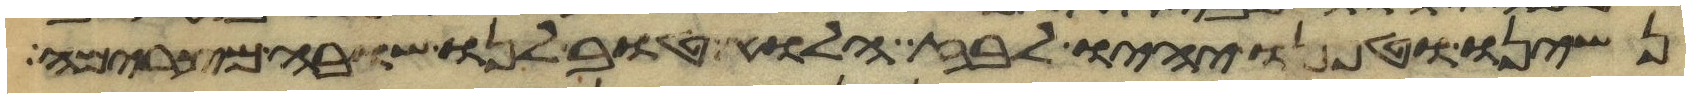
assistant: נשינו וטפנו יהיו לבוז הלוא טוב לנו שובה מצרימה